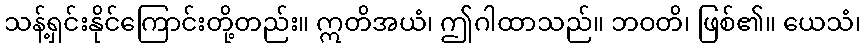
သန့်ရှင်းနိုင်ကြောင်းတို့တည်း။ ဣတိအယံ၊ ဤဂါထာသည်။ ဘဝတိ၊ ဖြစ်၏။ ယေသံ၊